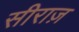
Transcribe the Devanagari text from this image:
सीराज़